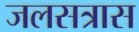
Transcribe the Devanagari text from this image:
जलसत्रास